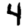
Digit: 4